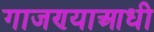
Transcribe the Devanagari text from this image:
गाजण्याआधी